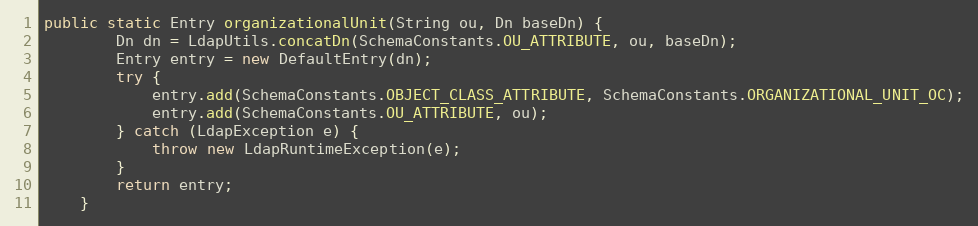
Language: Java
public static Entry organizationalUnit(String ou, Dn baseDn) {
        Dn dn = LdapUtils.concatDn(SchemaConstants.OU_ATTRIBUTE, ou, baseDn);
        Entry entry = new DefaultEntry(dn);
        try {
            entry.add(SchemaConstants.OBJECT_CLASS_ATTRIBUTE, SchemaConstants.ORGANIZATIONAL_UNIT_OC);
            entry.add(SchemaConstants.OU_ATTRIBUTE, ou);
        } catch (LdapException e) {
            throw new LdapRuntimeException(e);
        }
        return entry;
    }